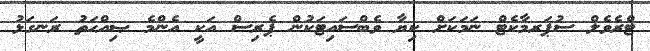
ޓްރެވެލް ސުޕަރމާކެޓް ނަމަކަށް ކިޔާ ވެބްސައިޓަކުން ޕެރިސް އަކީ އެންމެ ޞިއްޙަތު ރަނގަޅު